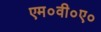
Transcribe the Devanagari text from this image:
एम०वी०ए०